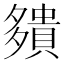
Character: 㚍